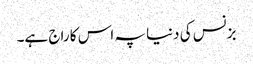
بزنس کی دنیا پہ اس کا راج ہے۔